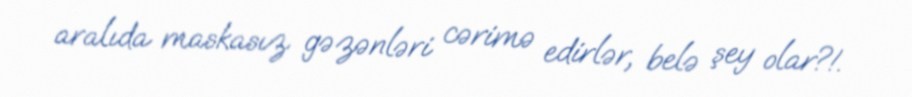
aralıda maskasız gəzənləri cərimə edirlər, belə şey olar?!.